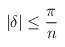
LaTeX: \begin{align*}|\delta |\leq \frac{\pi }{n}\end{align*}